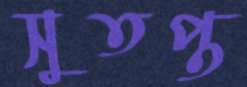
সুতপ্ত